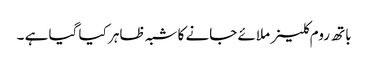
باتھ روم کلینر ملائے جانے کا شبہ ظاہر کیا گیا ہے ۔